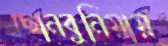
ছোনবুনিয়ায়